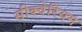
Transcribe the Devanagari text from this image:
सीक्वेरियम